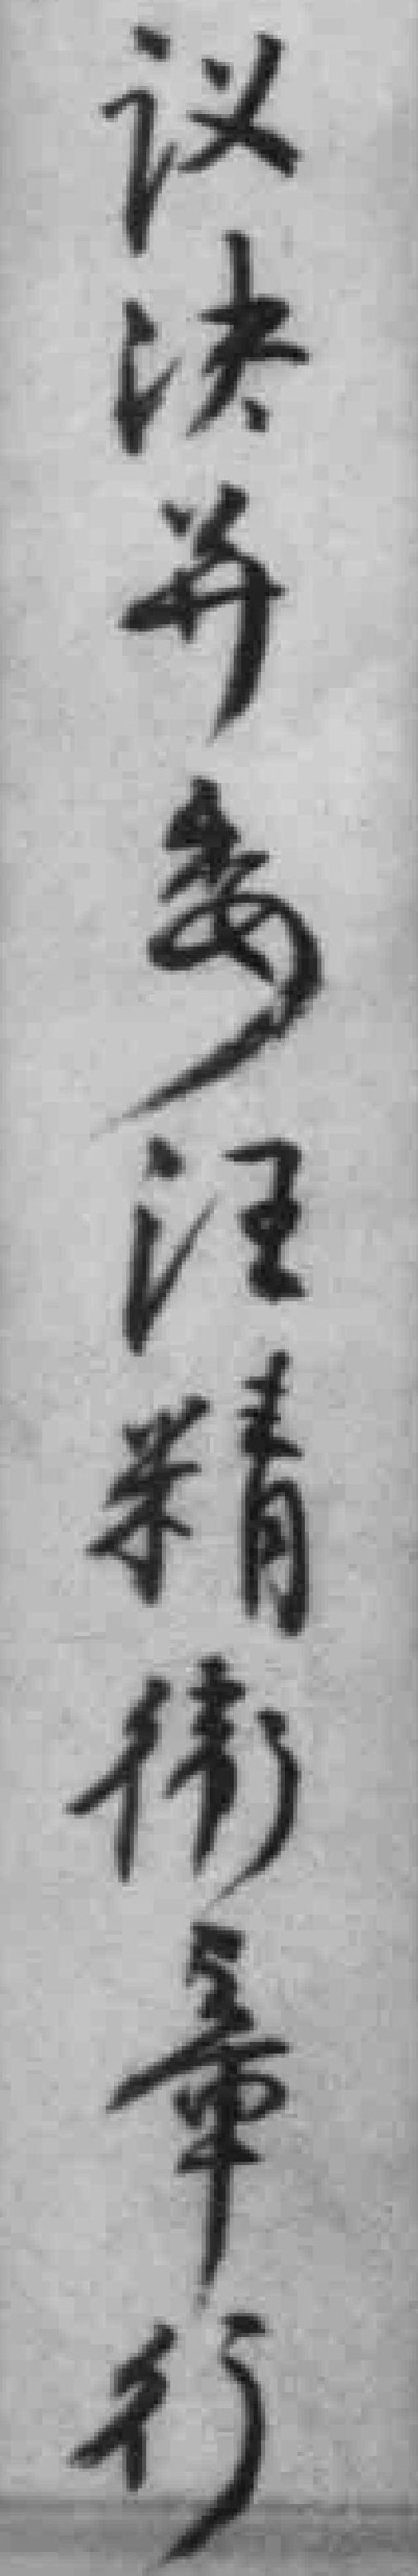
议決並委汪精衛*行